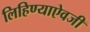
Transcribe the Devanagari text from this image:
लिहिण्याऐवजी